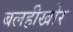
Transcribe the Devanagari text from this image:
बलहीखोर